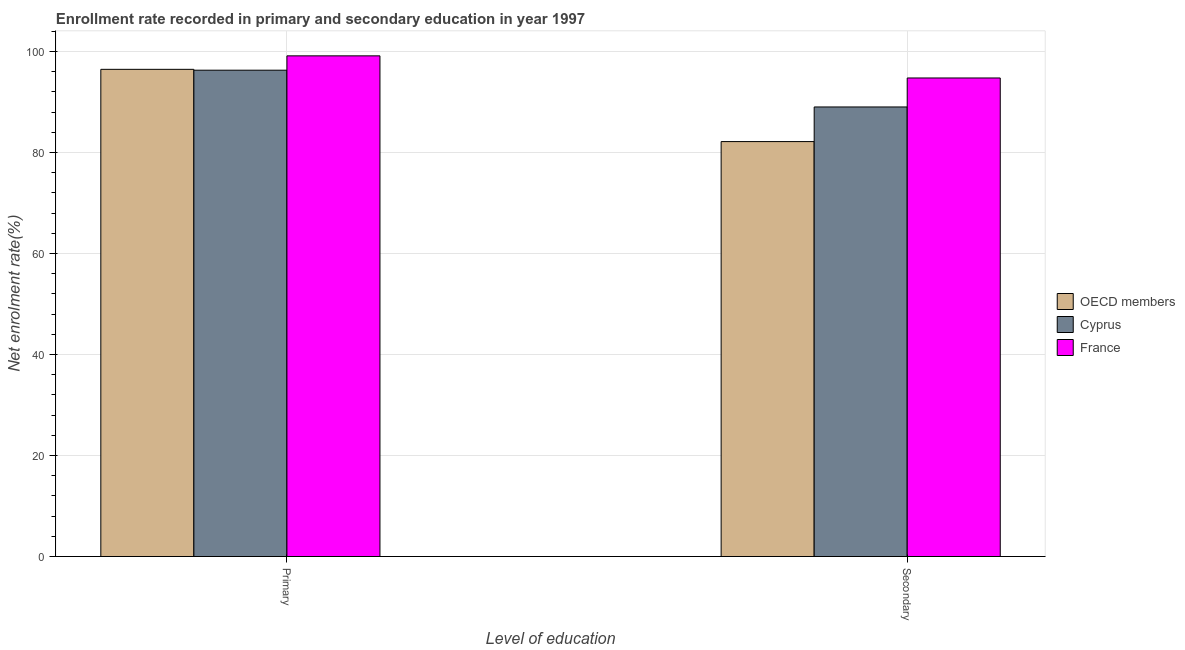
| Level of education | OECD members | Cyprus | France |
 | --- | --- | --- | --- |
 | Primary | 96.5 | 96.3 | 99.1 |
 | Secondary | 82.2 | 89 | 94.7 |